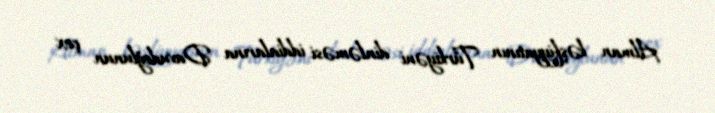
Alman kəşfiyyatının Türkiyəni dinləməsi iddialarına Davudoğlunun çox